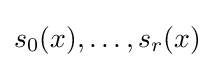
s_{0}(x),\dots ,s_{r}(x)